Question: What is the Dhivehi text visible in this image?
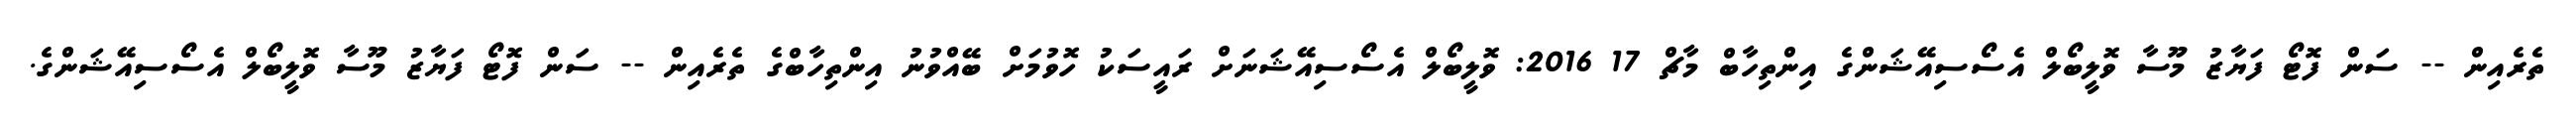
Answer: ތެރެއިން -- ސަން ފޮޓޯ ފަޔާޒު މޫސާ ވޮލީބޯލް އެސޯސިއޭޝަންގެ އިންތިހާބް މާޗް 17 2016: ވޮލީބޯލް އެސޯސިއޭޝަނަށް ރައީސަކު ހޮވުމަށް ބޭއްވުނު އިންތިހާބްގެ ތެރެއިން -- ސަން ފޮޓޯ ފަޔާޒު މޫސާ ވޮލީބޯލް އެސޯސިއޭޝަންގެ.